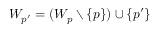
W _ { p ^ { \prime } } = ( W _ { p } \setminus \{ p \} ) \cup \{ p ^ { \prime } \}